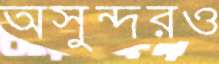
অসুন্দরও